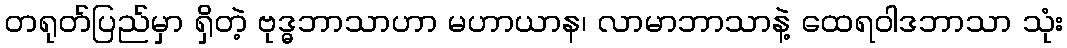
တရုတ်ပြည်မှာ ရှိတဲ့ ဗုဒ္ဓဘာသာဟာ မဟာယာန၊ လာမာဘာသာနဲ့ ထေရဝါဒဘာသာ သုံး